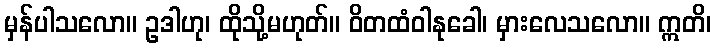
မှန်ပါသလော။ ဥဒါဟု၊ ထိုသို့မဟုတ်။ ဝိတထံဝါနုခေါ၊ မှားလေသလော။ ဣတိ၊